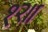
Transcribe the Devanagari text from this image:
१२॥